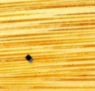
٠